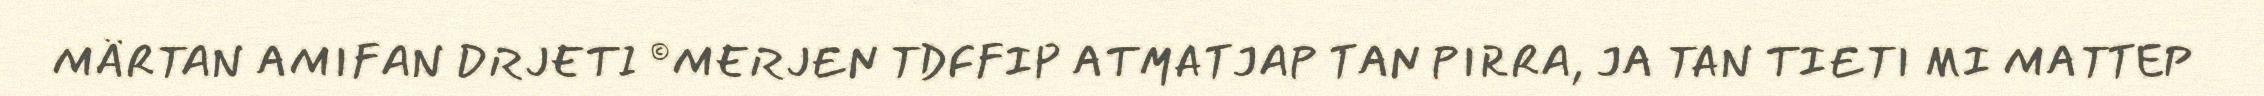
MÄRTAN AMIFAN DRJETI ©MERJEN TDFFIP ATMATJAP TAN PIRRA, JA TAN TIETI MI MATTEP